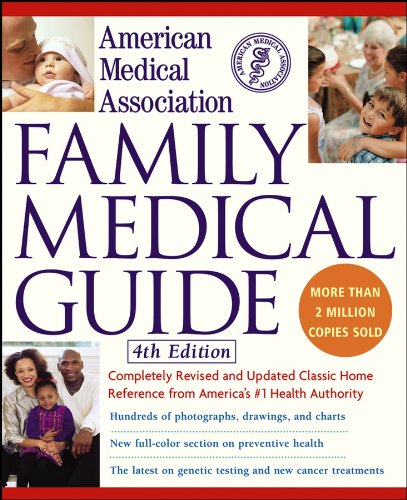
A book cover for American Medical Association Family Medical Guide, 4th Edition; American Medical Association; Health, Fitness & Dieting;